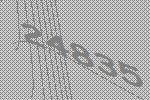
24835